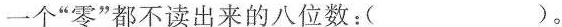
一个”零”都不读出来的八位数：( )。